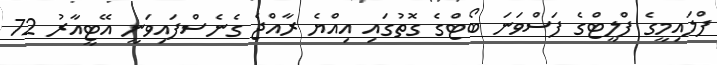
ފްލައިމީގެ ފްލީޓްގެ ފަސްވަނަ ބޯޓްގެ ގޮތުގައި އިއްޔެ ރާއްޖެ ގެނެސްފައިވަނީ އޭޓީއާރު 72